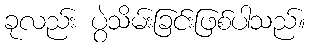
ခုလည်း ပွဲသိမ်းခြင်းဖြစ်ပါသည်။